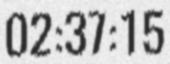
02:37:15